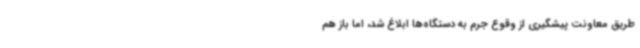
طریق معاونت پیشگیری از وقوع جرم به دستگاه‌ها ابلاغ شد، اما باز هم